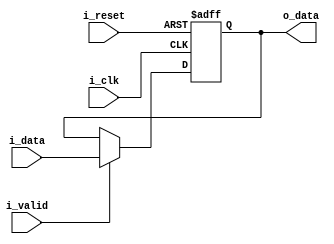
module Buffer (
    input          i_clk,
    input          i_reset,
    input          i_valid,
    input  [255:0] i_data,
    output [255:0] o_data
);
reg [255:0] data;

assign o_data = data;

always @(posedge i_clk or posedge i_reset) begin
    if(i_reset) data <= 0;
    else if(i_valid) data <= i_data;
end

endmodule